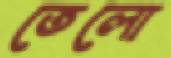
তেলো